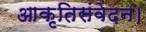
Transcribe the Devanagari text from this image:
आकृतिसंवेदन।